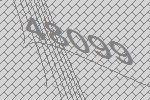
48099